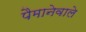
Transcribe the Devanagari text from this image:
पैमानेवाले